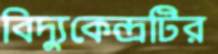
বিদ্যুকেন্দ্রটির